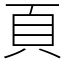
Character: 頁